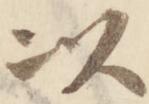
以